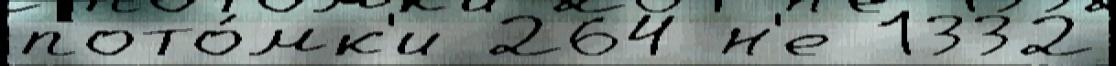
пото́мк'и 264 н'е 1332